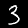
Digit: 3